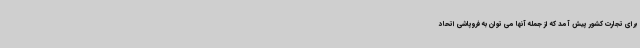
برای تجارت کشور پیش آمد که از جمله آنها می توان به فروپاشی اتحاد